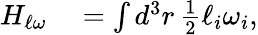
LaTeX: \begin{array}{rl}{H_{\ell\omega}}&{{}=\int d^{3}r\, \frac{1}{2}\ell_{i}\omega_{i},}\end{array}